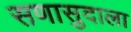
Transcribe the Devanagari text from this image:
सणासुदाला